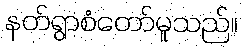
နတ်ရွာစံတော်မူသည်။